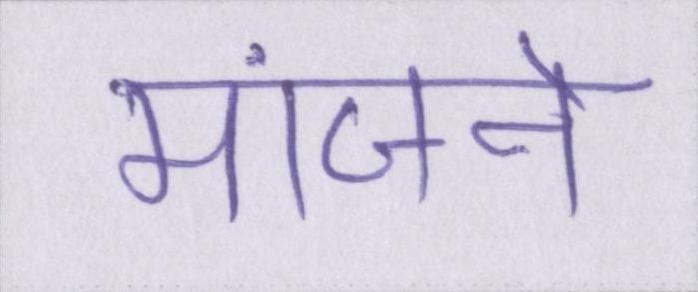
मांजने